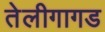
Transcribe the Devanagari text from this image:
तेलीगागड